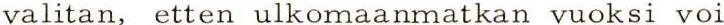
valitan, etten ulkomaanmatkan vuoksi voi